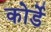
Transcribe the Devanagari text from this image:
कोर्डे